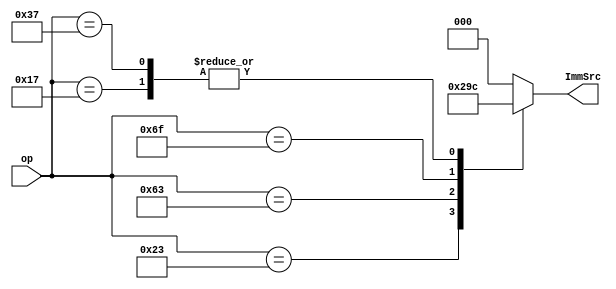
module imm_src_decoder (op,ImmSrc);

   input [6:0] op;
   output reg [2:0] ImmSrc;
   
	always @(*) begin
		case (op)
			7'b0000011: ImmSrc = 3'b000;
			7'b0010011: ImmSrc = 3'b000;
			7'b1100111: ImmSrc = 3'b000;
			7'b0100011: ImmSrc = 3'b001;
			7'b1100011: ImmSrc = 3'b010;
			7'b1101111: ImmSrc = 3'b011;
			7'b0010111: ImmSrc = 3'b100;
			7'b0110111: ImmSrc = 3'b100;
			default:		ImmSrc = 3'b000;
		endcase
	end
	
endmodule